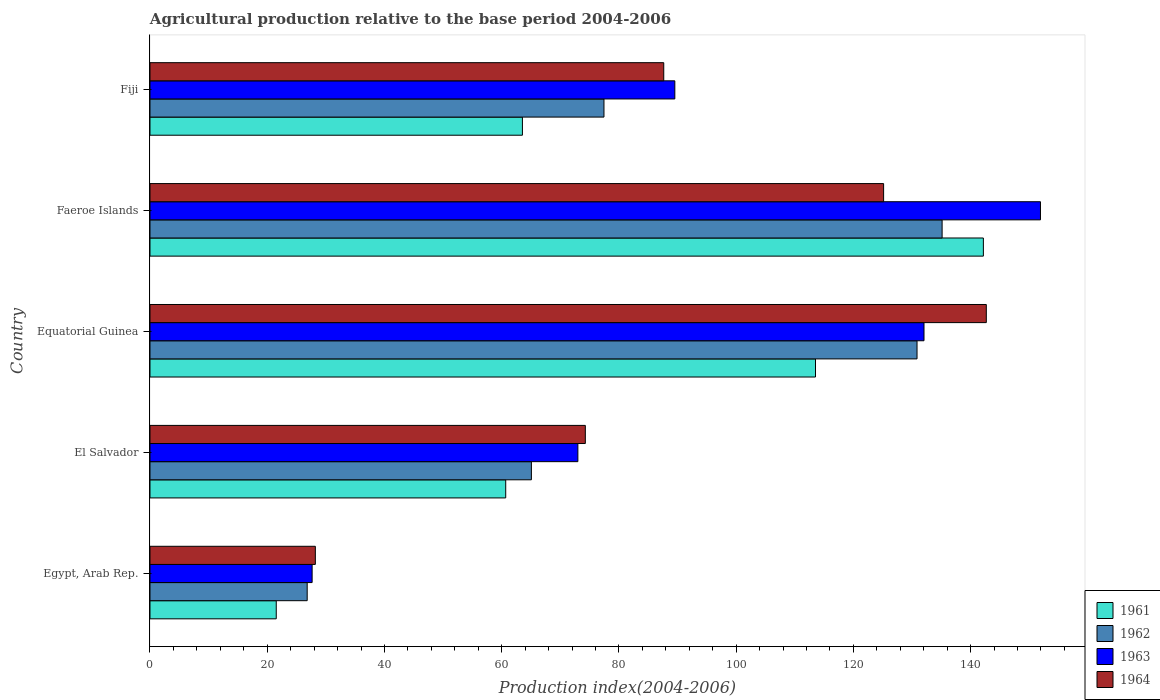
| Country | 1961 | 1962 | 1963 | 1964 |
 | --- | --- | --- | --- | --- |
 | Egypt, Arab Rep. | 21.5 | 26.8 | 27.7 | 28.2 |
 | El Salvador | 60.7 | 65.1 | 73 | 74.3 |
 | Equatorial Guinea | 114 | 131 | 132 | 143 |
 | Faeroe Islands | 142 | 135 | 152 | 125 |
 | Fiji | 63.5 | 77.5 | 89.5 | 87.7 |